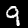
Digit: 9